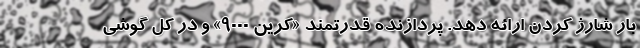
بار شارژ کردن ارائه دهد. پردازنده قدرتمند «کرین 9000» و در کل گوشی